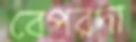
বেপরদা